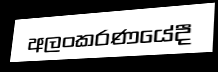
අලංකරණයේදී